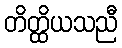
တိတ္ထိယသညီ